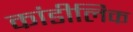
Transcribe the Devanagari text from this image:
कांडीलिक